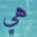
هي